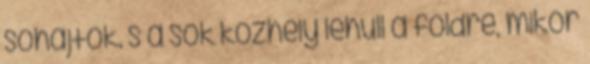
sóhajtok. s a sok közhely lehull a földre, mikor